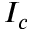
I _ { c }